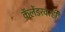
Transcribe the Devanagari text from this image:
कॅलेंडरवरही